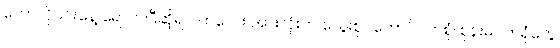
ဟောလိုဝင်းနေ့ ရောက်ပြီဆိုရင် ကလေး အားလုံးက သွေးစုပ်ကောင်ဝတ်စုံ၊ စုန်းမဝတ်ရုံတွေ